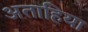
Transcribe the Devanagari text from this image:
अताहिया